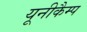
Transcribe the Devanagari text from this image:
यूनीकैम्प